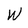
Character: W